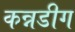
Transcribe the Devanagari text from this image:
कन्नडीग